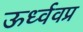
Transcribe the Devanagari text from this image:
ऊर्ध्ववप्र